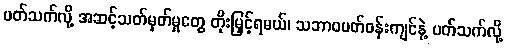
ပတ်သက်လို့ အဆင့်သတ်မှတ်မှုတွေ တိုးမြှင့်ရမယ်၊ သဘာဝပတ်ဝန်းကျင်နဲ့ ပတ်သက်လို့